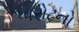
પરોઢનો